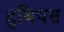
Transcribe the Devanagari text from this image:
डुबियस